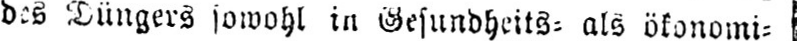
des Düngers jawohl in Gesundheits⸗ als ökonomi⸗